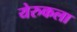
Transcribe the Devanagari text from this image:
येरुकला